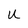
Character: U